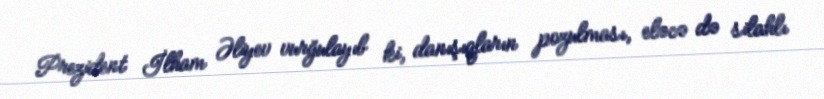
Prezident İlham Əliyev vurğulayıb ki, danışıqların pozulması, eləcə də silahlı